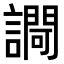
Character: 𧬱